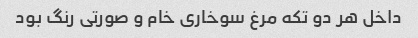
داخل هر دو تکه مرغ سوخاری خام و صورتی رنگ بود